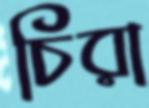
চিরা